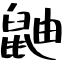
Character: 鼬